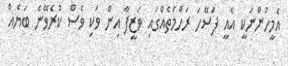
އެމީހުންނަކީ އެއީ ފަސޭހަ ރަހްމަތެއްގައި ވަޒީފާ އިން ވަކި ވެސް ކުރެވޭނެ ބަޔެއް